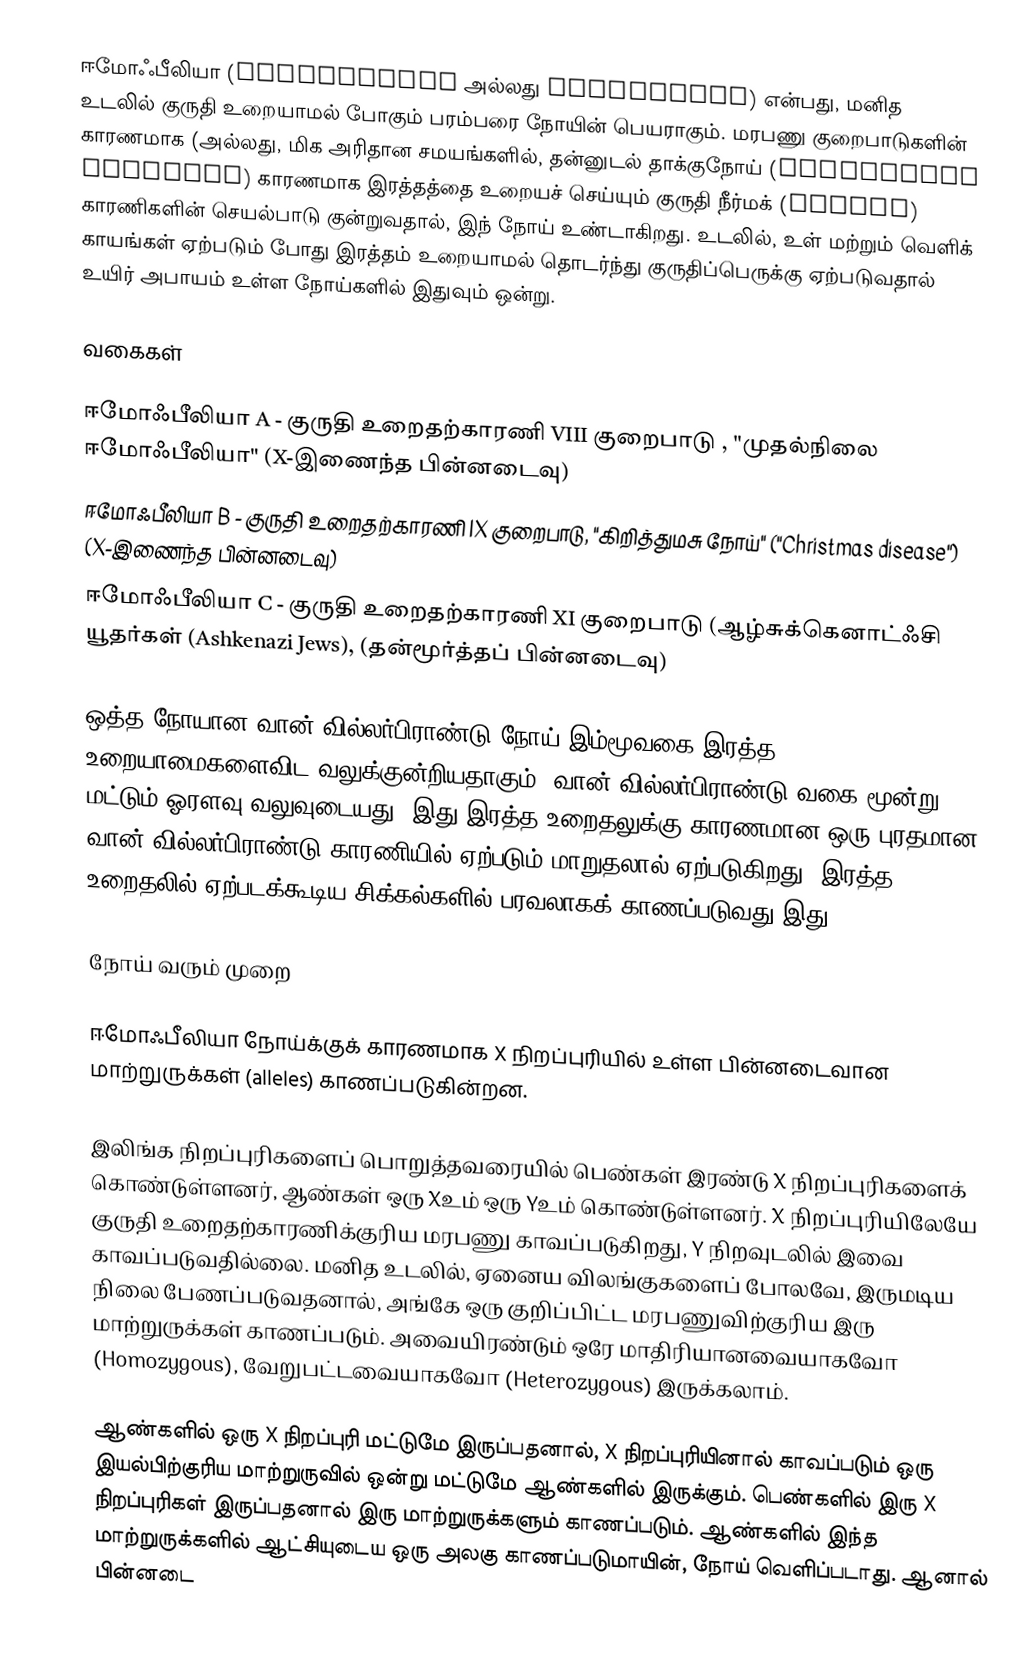
ஈமோஃபீலியா (Haemophilia அல்லது Hemophilia) என்பது, மனித உடலில் குருதி உறையாமல் போகும் பரம்பரை நோயின் பெயராகும். மரபணு குறைபாடுகளின் காரணமாக (அல்லது, மிக அரிதான சமயங்களில், தன்னுடல் தாக்குநோய் (autoimmune disorder) காரணமாக இரத்தத்தை உறையச் செய்யும் குருதி நீர்மக் (Plasma) காரணிகளின் செயல்பாடு குன்றுவதால், இந் நோய் உண்டாகிறது. உடலில், உள் மற்றும் வெளிக் காயங்கள் ஏற்படும் போது இரத்தம் உறையாமல் தொடர்ந்து குருதிப்பெருக்கு ஏற்படுவதால் உயிர் அபாயம் உள்ள நோய்களில் இதுவும் ஒன்று.

வகைகள்

ஈமோஃபீலியா A - குருதி உறைதற்காரணி VIII குறைபாடு , "முதல்நிலை ஈமோஃபீலியா" (X-இணைந்த பின்னடைவு)
ஈமோஃபீலியா B - குருதி உறைதற்காரணி IX குறைபாடு, "கிறித்துமசு நோய்" ("Christmas disease") (X-இணைந்த பின்னடைவு)
ஈமோஃபீலியா C - குருதி உறைதற்காரணி XI குறைபாடு (ஆழ்சுக்கெனாட்ஃசி யூதர்கள் (Ashkenazi Jews), (தன்மூர்த்தப் பின்னடைவு)

ஒத்த நோயான வான் வில்லர்பிராண்டு நோய் இம்மூவகை இரத்த உறையாமைகளைவிட வலுக்குன்றியதாகும். வான் வில்லர்பிராண்டு வகை மூன்று மட்டும் ஓரளவு வலுவுடையது. இது இரத்த உறைதலுக்கு காரணமான ஒரு புரதமான வான் வில்லர்பிராண்டு காரணியில் ஏற்படும் மாறுதலால் ஏற்படுகிறது. இரத்த உறைதலில் ஏற்படக்கூடிய சிக்கல்களில் பரவலாகக் காணப்படுவது இது.

நோய் வரும் முறை

ஈமோஃபீலியா நோய்க்குக் காரணமாக X நிறப்புரியில் உள்ள பின்னடைவான மாற்றுருக்கள் (alleles) காணப்படுகின்றன.

இலிங்க நிறப்புரிகளைப் பொறுத்தவரையில் பெண்கள் இரண்டு X நிறப்புரிகளைக் கொண்டுள்ளனர், ஆண்கள் ஒரு Xஉம் ஒரு Yஉம் கொண்டுள்ளனர். X நிறப்புரியிலேயே குருதி உறைதற்காரணிக்குரிய மரபணு காவப்படுகிறது, Y நிறவுடலில் இவை காவப்படுவதில்லை. மனித உடலில், ஏனைய விலங்குகளைப் போலவே, இருமடிய நிலை பேணப்படுவதனால், அங்கே ஒரு குறிப்பிட்ட மரபணுவிற்குரிய இரு மாற்றுருக்கள் காணப்படும். அவையிரண்டும் ஒரே மாதிரியானவையாகவோ (Homozygous), வேறுபட்டவையாகவோ (Heterozygous) இருக்கலாம்.

ஆண்களில் ஒரு X நிறப்புரி மட்டுமே இருப்பதனால், X நிறப்புரியினால் காவப்படும் ஒரு இயல்பிற்குரிய மாற்றுருவில் ஒன்று மட்டுமே ஆண்களில் இருக்கும். பெண்களில் இரு X நிறப்புரிகள் இருப்பதனால் இரு மாற்றுருக்களும் காணப்படும். ஆண்களில் இந்த மாற்றுருக்களில் ஆட்சியுடைய ஒரு அலகு காணப்படுமாயின், நோய் வெளிப்படாது. ஆனால் பின்னடை